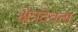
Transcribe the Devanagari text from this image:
क्षेत्रदेवता